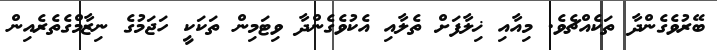
ބޭރުވެގެންދާ ތަކެއްޗެވެ. މިއާއި ޚިލާފަށް ތެލާއި އެކުވެގެންދާ ވިޓަމިން ތަކަކީ ހަޖަމުގެ ނިޒާމްގެތެރެއިން